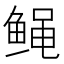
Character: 𱇸